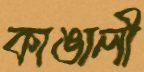
কাঙালী